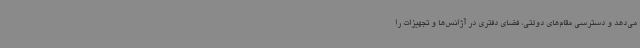
می‌دهد و دسترسی مقام‌های دولتی، فضای دفتری در آژانس‌ها و تجهیزات را